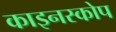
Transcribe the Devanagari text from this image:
काइनस्कोप